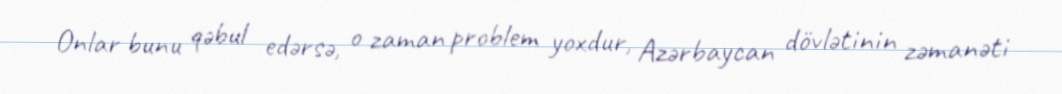
Onlar bunu qəbul edərsə, o zaman problem yoxdur, Azərbaycan dövlətinin zəmanəti